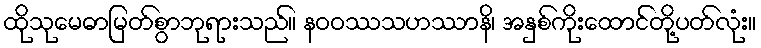
ထိုသုမေဓာမြတ်စွာဘုရားသည်။ နဝဝဿသဟဿာနိ၊ အနှစ်ကိုးထောင်တို့ပတ်လုံး။